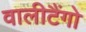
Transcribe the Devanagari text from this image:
वालीटैंगो